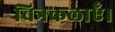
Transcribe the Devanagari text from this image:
चित्रकलाएँ।